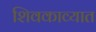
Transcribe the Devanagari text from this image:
शिवकाव्यात